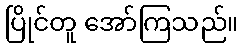
ပြိုင်တူ အော်ကြသည်။